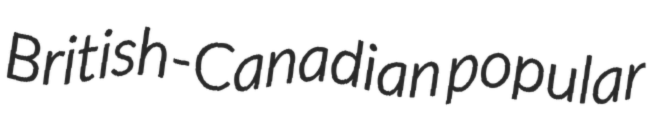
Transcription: British-Canadian popular